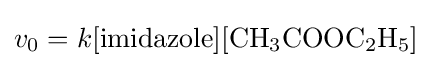
v_{0}=k[{\text{imidazole}}][{\ce {CH3COOC2H5}}]